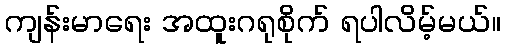
ကျန်းမာရေး အထူးဂရုစိုက် ရပါလိမ့်မယ်။